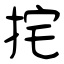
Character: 挓